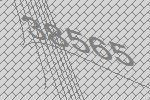
38565